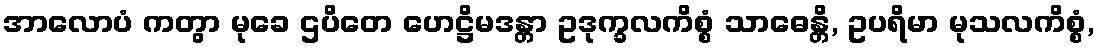
အာလောပံ ကတွာ မုခေ ဌပိတေ ဟေဋ္ဌိမဒန္တာ ဥဒုက္ခလကိစ္စံ သာဓေန္တိ, ဥပရိမာ မုသလကိစ္စံ,